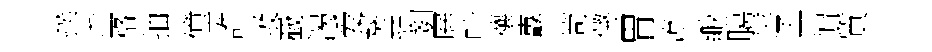
撲埀格抽僮誰圾嶻渴爱葵堯剗屛叶禳纛笥懲胃潦緲臈坪孟帽質